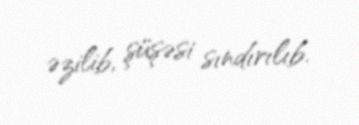
əzilib, şüşəsi sındırılıb.